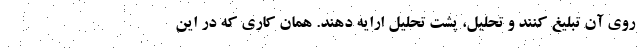
روی آن تبلیغ کنند و تحلیل، پشت تحلیل ارایه دهند. همان کاری که در این